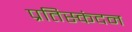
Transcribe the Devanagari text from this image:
प्रतिस्कंदन